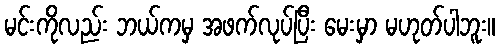
မင်းကိုလည်း ဘယ်ကမှ အဖက်လုပ်ပြီး မေးမှာ မဟုတ်ပါဘူး။